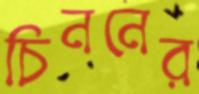
চিননের